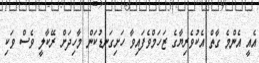
އެއީ އެންމެ ގާތް އެކުވެރިޔާގެ ޒަހަމްވެފައިވާ ހަށިގަނޑުކަން މާހިދަށް ރޭކާލީ ވެސް ވަކި